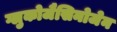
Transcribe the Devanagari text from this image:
ग्लुकोजैसिनोजेन